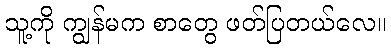
သူ့ကို ကျွန်မက စာတွေ ဖတ်ပြတယ်လေ။